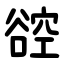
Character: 谾